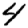
Digit: 4